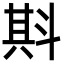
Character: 㪸